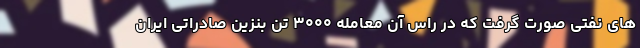
های نفتی صورت گرفت که در راس آن معامله ۳۰۰۰ تن بنزین صادراتی ایران